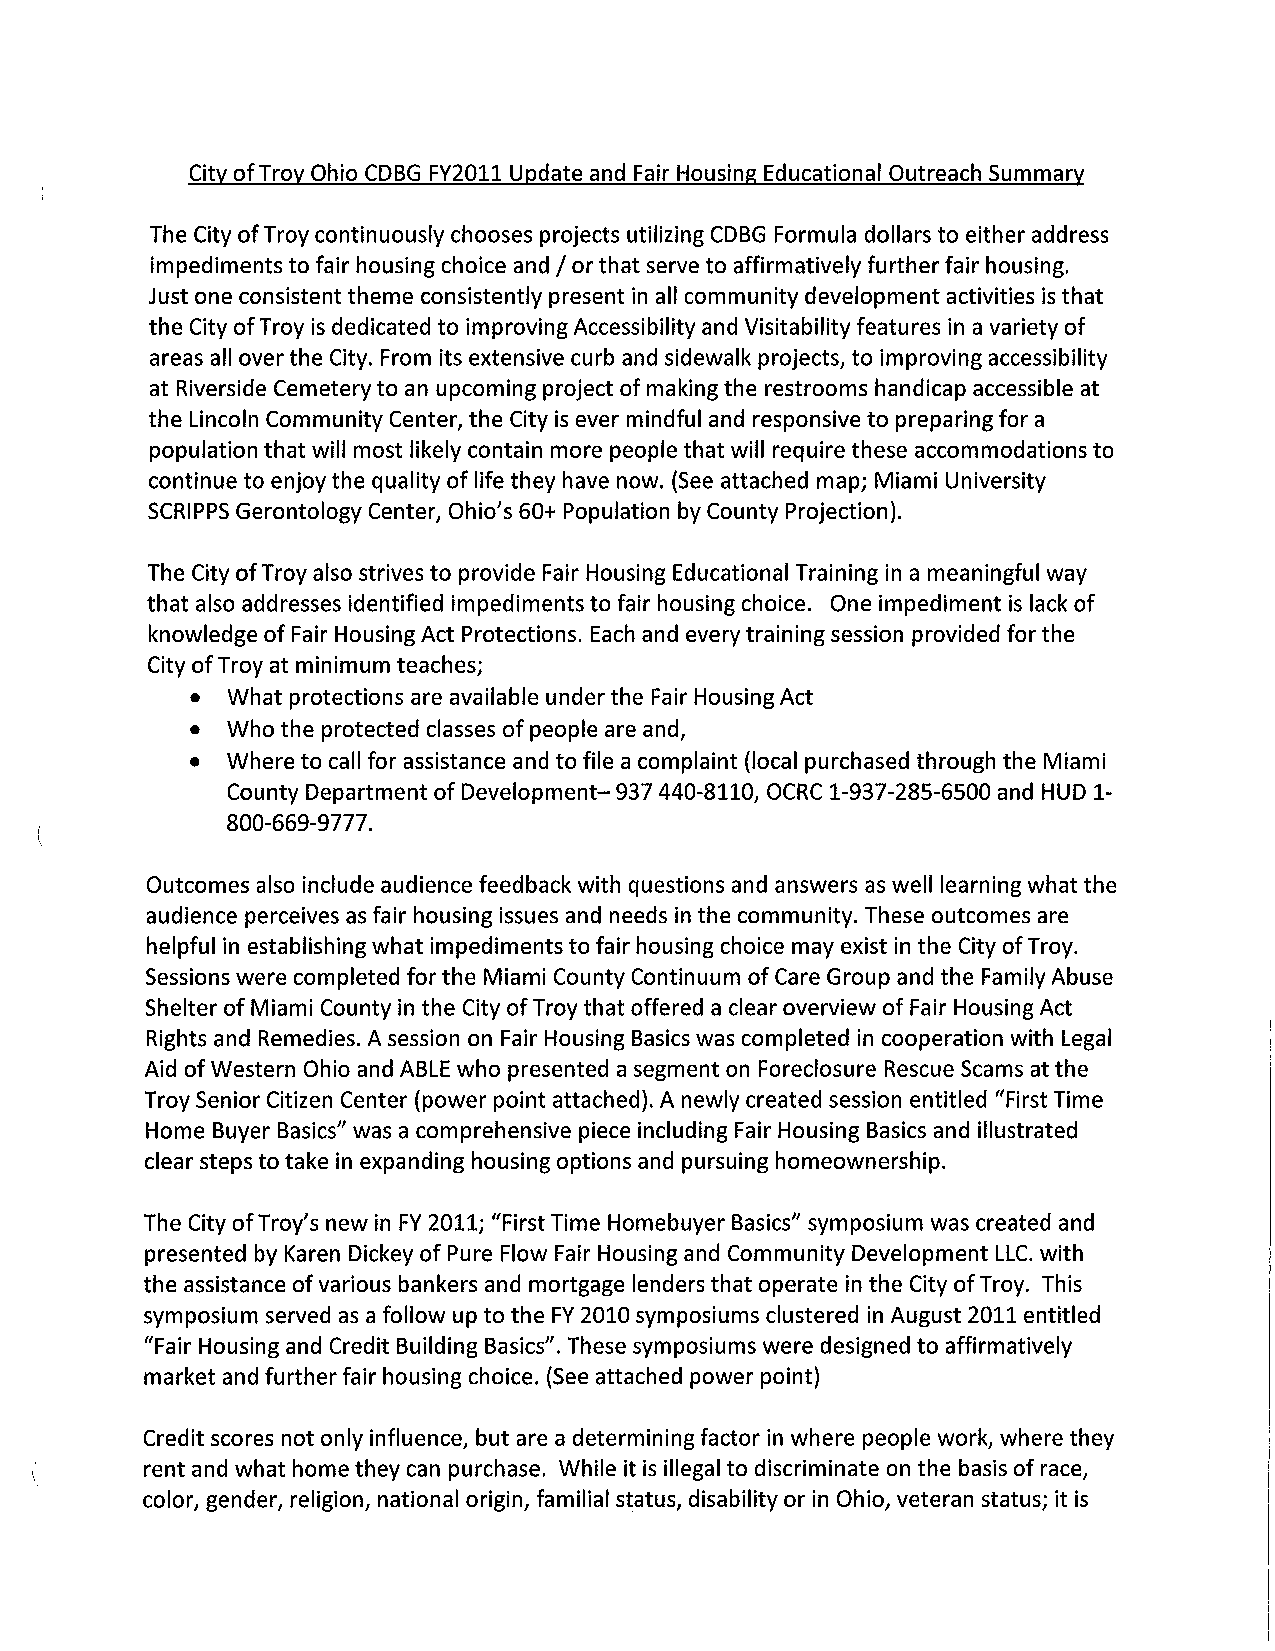
City of Troy Ohio CDBG FY2011 Update and Fair Housing Educational Outreach Summary
 The City of Troy continuously chooses projects utilizing CDBG Formula dollars to either address
 I
 impediments to fair housing choice and or that serve to affirmatively further fair housing.
 Just one consistent theme consistently present in all community development activities is that
 the City of Troy is dedicated to improving Accessibility and Visitability features in a variety of
 areas all over the City. From its extensive curb and sidewalk projects, to improving accessibility
 at Riverside Cemetery to an upcoming project of making the restrooms handicap accessible at
 the Lincoln Community Center, the City is ever mindful and responsive to preparing for a
 population that will most likely contain more people that will require these accommodations to
 continue to enjoy the quality of life they have now. (See attached map; Miami University
 SCRIPPS Gerontology Center, Ohio's 60+ Population by County Projection).
 The City of Troy also strives to provide Fair Housing Educational Training in a meaningful way
 that also addresses identified impediments to fair housing choice. One impediment is lack of
 knowledge of Fair Housing Act Protections. Each and every training session provided for the
 City of Troy at minimum teaches;
 • What protections are available under the Fair Housing Act
 • Who the protected classes of people are and,
 • Where to call for assistance and to file a complaint (local purchased through the Miami
 County Department of Development-937 440-8110, OCRC 1-937-285-6500 and HUD 1-
 800-669-9777.
 Outcomes also include audience feedback with questions and answers as well learning what the
 audience perceives as fair housing issues and needs in the community. These outcomes are
 helpful in establishing what impediments to fair housing choice may exist in the City of Troy.
 Sessions were completed for the Miami County Continuum of Care Group and the Family Abuse
 Shelter of Miami County in the City of Troy that offered a clear overview of Fair Housing Act
 Rights and Remedies. A session on Fair Housing Basics was completed in cooperation with Legal
 Aid of Western Ohio and ABLE who presented a segment on Foreclosure Rescue Scams at the
 Troy Senior Citizen Center (power point attached). A newly created session entitled "First Time
 Home Buyer Basics" was a comprehensive piece including Fair Housing Basics and illustrated
 clear steps to take in expanding housing options and pursuing homeownership.
 The City of Troy's new in FY 2011; "First Time Home buyer Basics" symposium was created and
 presented by Karen Dickey of Pure Flow Fair Housing and Community Development LLC. with
 the assistance of various bankers and mortgage lenders that operate in the City of Troy. This
 symposium served as a follow up to the FY 2010 symposiums clustered in August 2011 entitled
 "Fair Housing and Credit Building Basics". These symposiums were designed to affirmatively
 market and further fair housing choice. (See attached power point)
 Credit scores not only influence, but are a determining factor in where people work, where they
 rent and what home they can purchase. While it is illegal to discriminate on the basis of race,
 color, gender, religion, national origin, familial status, disability or in Ohio, veteran status; it is